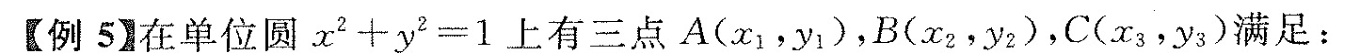
【例5】在单位圆$$x ^ { 2 } + y ^ { 2 } = 1$$上有三点A(x_{1}，y_{1})，B(x_{2}，y_{2})，C(x_{3}，y_{3})满足：